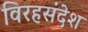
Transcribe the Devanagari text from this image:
विरहसंदेश